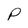
Character: p